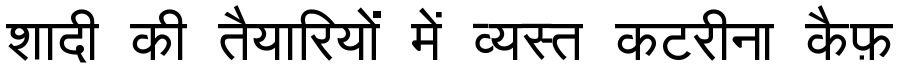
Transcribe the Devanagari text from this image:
शादी की तैयारियों में व्यस्त कटरीना कैफ़